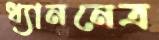
ধ্যাননেত্র